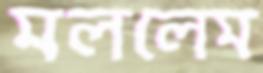
মললেম